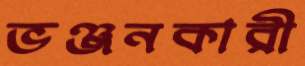
ভঞ্জনকারী